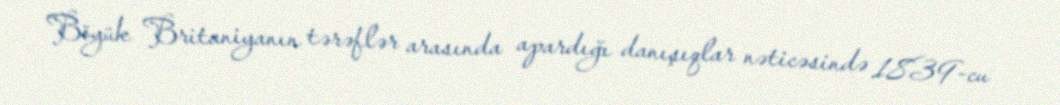
Böyük Britaniyanın tərəflər arasında apardığı danışıqlar nəticəsində 1839-cu